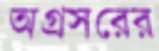
অগ্রসরের